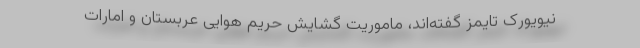
نیویورک تایمز گفته‌اند، ماموریت گشایش حریم هوایی عربستان و امارات